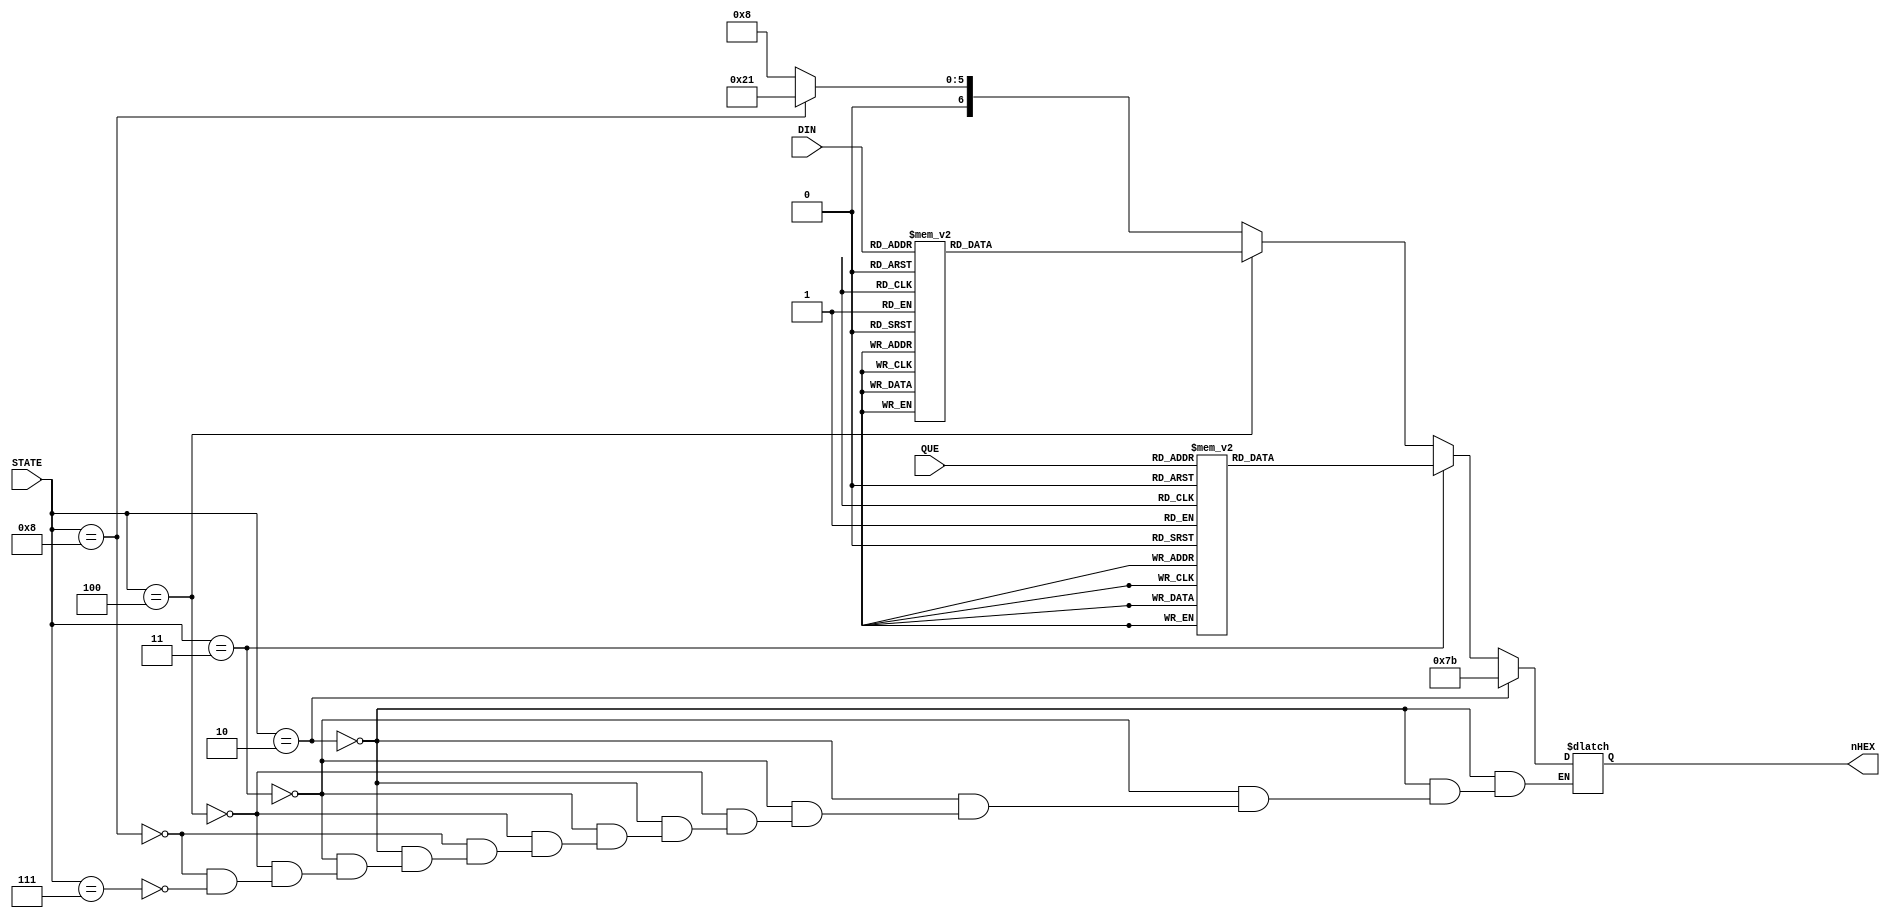
module SEG7DEC_2(
     //input CLK,
     input [3:0] STATE,
     input [3:0] DIN,//SEG_Q??4bit????????
     input [3:0] QUE,
     output reg [6:0] nHEX
);

always @* begin
     if(STATE == 4'b0010)begin//READY
         nHEX = 7'b1111011;
     end
    else if(STATE == 4'b0011)begin//QUESTION
        case(QUE)
            4'h0:	nHEX = 7'b1000000;
            4'h1:	nHEX = 7'b1111001;
            4'h2:	nHEX = 7'b0100100;
            4'h3:	nHEX = 7'b0110000;
            4'h4:	nHEX = 7'b0011001;
            4'h5:	nHEX = 7'b0010010;
            4'h6:	nHEX = 7'b0000010;
            4'h7:	nHEX = 7'b1011000;
            4'h8:	nHEX = 7'b0000000;
            4'h9:	nHEX = 7'b0010000;
            default:nHEX = 7'b1111111;
        endcase
        //nHEX = 7'b0000000;
    end
    else if(STATE == 4'b0100)begin//INPUT
        case(DIN)
            4'h0:	nHEX = 7'b0111111;//??
            4'h1:	nHEX = 7'b0111111;//??
            4'h2:	nHEX = 7'b0111111;//??
            4'h3:	nHEX = 7'b0111111;//??
            4'h4:	nHEX = 7'b0111111;//??
            4'h5:	nHEX = 7'b1111001;//1
            4'h6:	nHEX = 7'b1111001;//1
            4'h7:	nHEX = 7'b1111001;//1
            4'h8:	nHEX = 7'b1111001;//1
            4'h9:	nHEX = 7'b0100100;//2
            default:nHEX = 7'b1111111;
        endcase
    end
    else if(STATE == 4'b1000)begin
        nHEX = 7'b0100001;
    end
    else if(STATE == 4'b0111)begin
        nHEX = 7'b0001000;
    end
end




/*always @* begin
	case(STATE)
    QUESTION:
    begin
        4'h0:	nHEX = 7'b1000000;
        4'h1:	nHEX = 7'b1111001;
        4'h2:	nHEX = 7'b0100100;
        4'h3:	nHEX = 7'b0110000;
        4'h4:	nHEX = 7'b0011001;
        4'h5:	nHEX = 7'b0010010;
        4'h6:	nHEX = 7'b0000010;
        4'h7:	nHEX = 7'b1011000;
        4'h8:	nHEX = 7'b0000000;
        4'h9:	nHEX = 7'b0010000;
        default:nHEX = 7'b1111111;
    end
    INPUT:
    begin
        4'h0:	nHEX = 7'b0111111;//??
		4'h1:	nHEX = 7'b0111111;//??
		4'h2:	nHEX = 7'b0111111;//??
		4'h3:	nHEX = 7'b0111111;//??
		4'h4:	nHEX = 7'b0111111;//??
		4'h5:	nHEX = 7'b1111001;//1
		4'h6:	nHEX = 7'b1111001;//1
		4'h7:	nHEX = 7'b1111001;//1
		4'h8:	nHEX = 7'b1111001;//1
		4'h9:	nHEX = 7'b0100100;//2
		default:nHEX = 7'b1111111;
    end
   endcase
end*/

endmodule